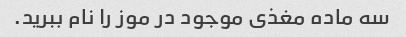
سه ماده مغذی موجود در موز را نام ببرید.